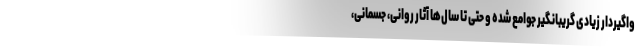
واگیردار زیادی گریبانگیر جوامع شده و حتی تا سال‌ها آثار روانی، جسمانی،